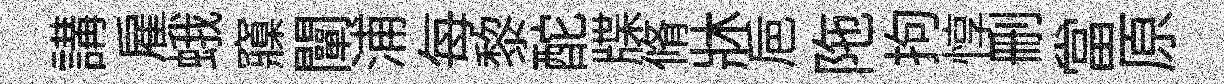
講雇蛾䆿闡浦每黎酡牒脩牀巵陁拘惇删當原